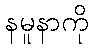
နမူနာကို